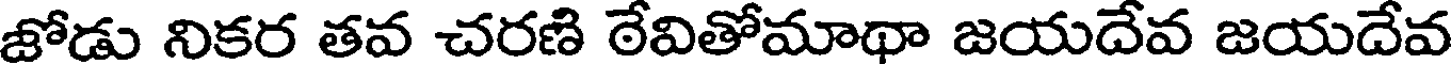
జోడు నికర తవ చరణి ఠేవితోమాథా జయదేవ జయదేవ